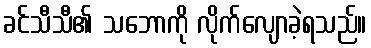
ခင်သီသီ၏ သဘောကို လိုက်လျောခဲ့ရသည်။